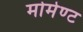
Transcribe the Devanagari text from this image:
मोमेण्ट